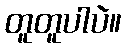
တူတူပါပဲ။